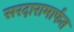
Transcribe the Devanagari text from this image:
सरदारामार्फत